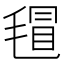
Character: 𣯀